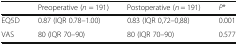
|  | Preoperative (n = 191) | Postoperative (n = 191) | P* |
 | --- | --- | --- | --- |
 | EQ5D | 0.87 (IQR 0.78–1.00) | 0.83 (IQR 0,72–0,88) | 0.001 |
 | VAS | 80 (IQR 70–90) | 80 (IQR 70–90) | 0.577 |